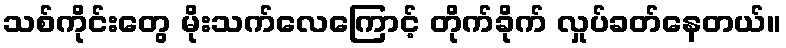
သစ်ကိုင်းတွေ မိုးသက်လေကြောင့် တိုက်ခိုက် လှုပ်ခတ်နေတယ်။